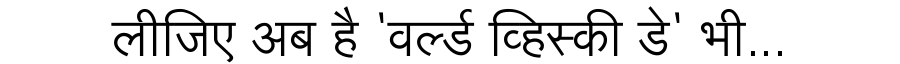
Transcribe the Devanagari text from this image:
लीजिए अब है 'वर्ल्ड व्हिस्की डे' भी...